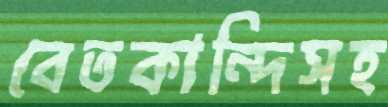
বেতকান্দিসহ